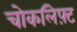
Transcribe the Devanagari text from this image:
चोकलिफ़्ट